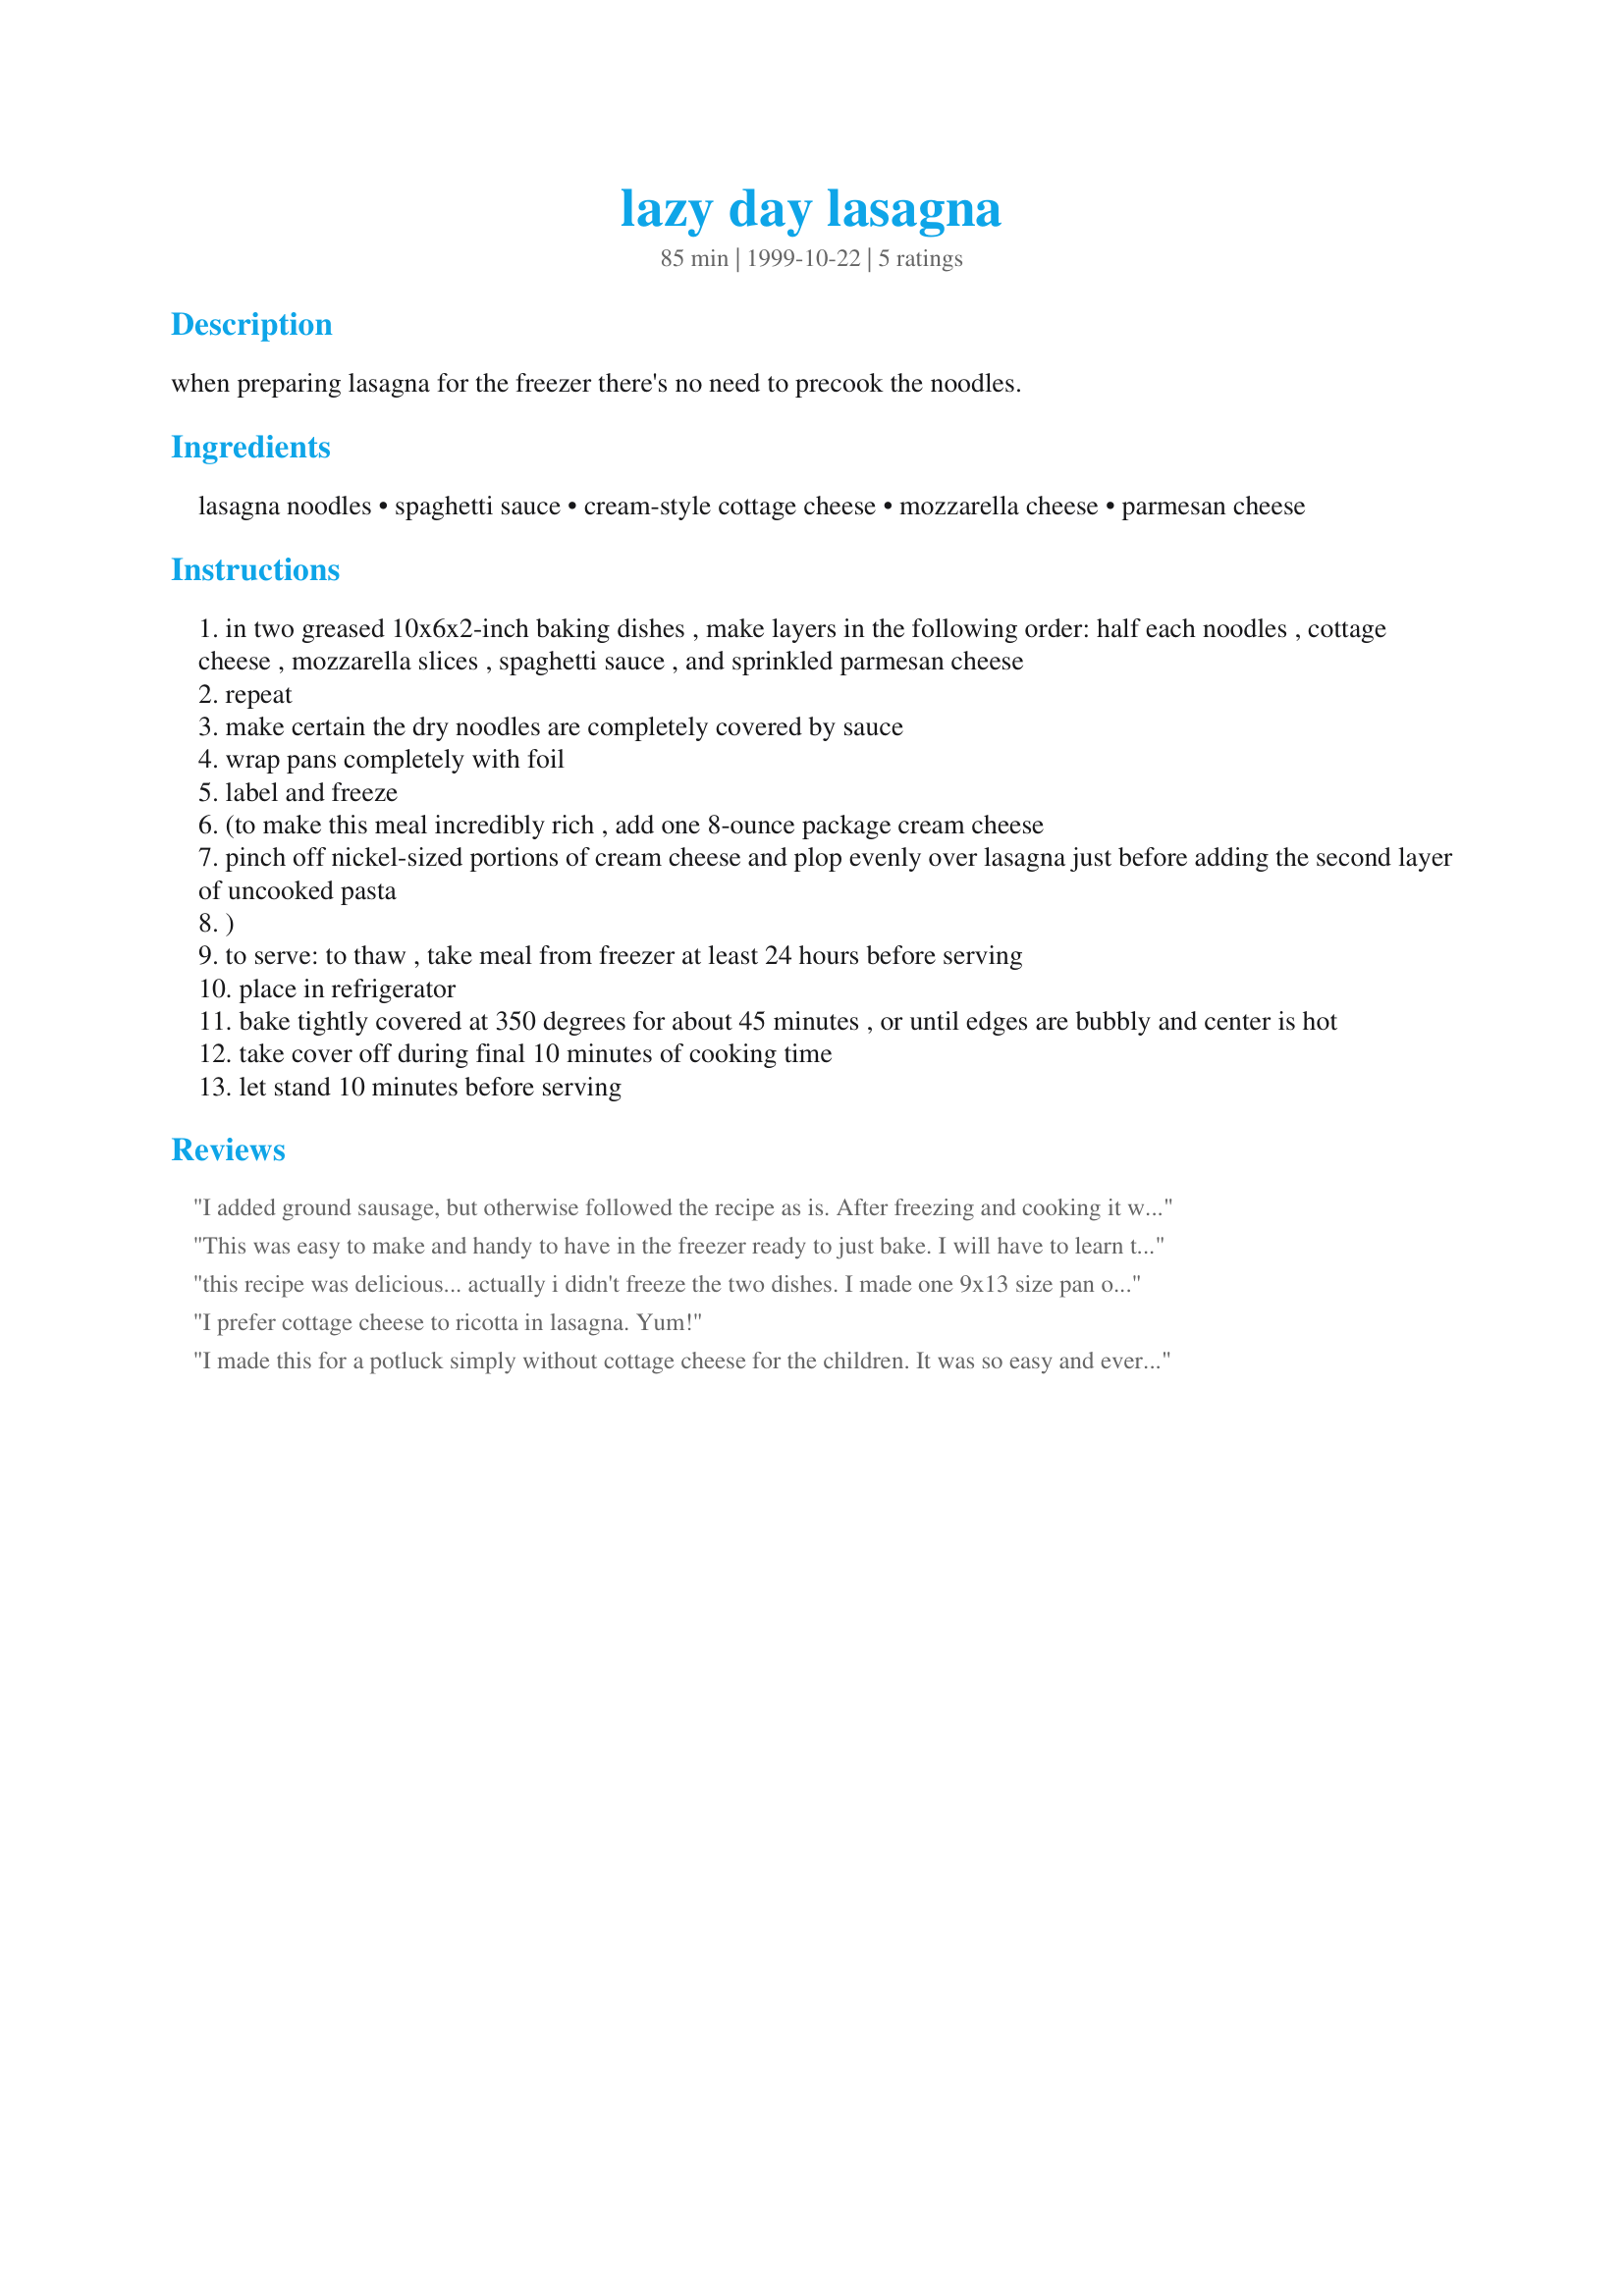
lazy day lasagna
Preparation time: 85 minutes

when preparing lasagna for the freezer there's no need to precook the noodles.

Ingredients:
lasagna noodles, spaghetti sauce, cream-style cottage cheese, mozzarella cheese, parmesan cheese

Steps:
in two greased 10x6x2-inch baking dishes , make layers in the following order: half each noodles , cottage cheese , mozzarella slices , spaghetti sauce , and sprinkled parmesan cheese
repeat
make certain the dry noodles are completely covered by sauce
wrap pans completely with foil
label and freeze
(to make this meal incredibly rich , add one 8-ounce package cream cheese
pinch off nickel-sized portions of cream cheese and plop evenly over lasagna just before adding the second layer of uncooked pasta
)
to serve: to thaw , take meal from freezer at least 24 hours before serving
place in refrigerator
bake tightly covered at 350 degrees for about 45 minutes , or until edges are bubbly and center is hot
take cover off during final 10 minutes of cooking time
let stand 10 minutes before serving

Reviews:
I added ground sausage, but otherwise followed the recipe as is. After freezing and cooking it was just as delicious as fresh! Very easy and a handy meal to pull from the freezer.
This was easy to make and handy to have in the freezer ready to just bake. I will have to learn to cut it down into four serving sizes though. It was to much just for my husband and I. I also added ground beef to mine. It tasted really good.
this recipe was delicious... actually i didn't freeze the two dishes. I made one 9x13 size pan of lasagna. Also, I layered the lasagna in the morning, then refrigerated until time to pop it in the oven that evening and the pasta was tender. no need to pre cook it. I did add a layer of seasoned/browned ground round to satisfy my family.
I prefer cottage cheese to ricotta in lasagna. Yum!
I made this for a potluck simply without cottage cheese for the children. It was so easy and everyone loved it!
